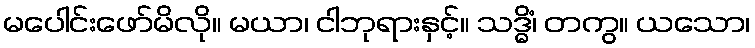
မပေါင်းဖော်မိလို။ မယာ၊ ငါဘုရားနှင့်။ သဒ္ဓိံ၊ တကွ။ ယသော၊